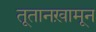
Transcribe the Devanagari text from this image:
तूतानख़ामून